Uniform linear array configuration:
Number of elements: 8
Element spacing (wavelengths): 0.5
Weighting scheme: kaiser
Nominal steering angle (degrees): -60
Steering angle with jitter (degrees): -59.334
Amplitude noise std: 0.05
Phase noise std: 0.05

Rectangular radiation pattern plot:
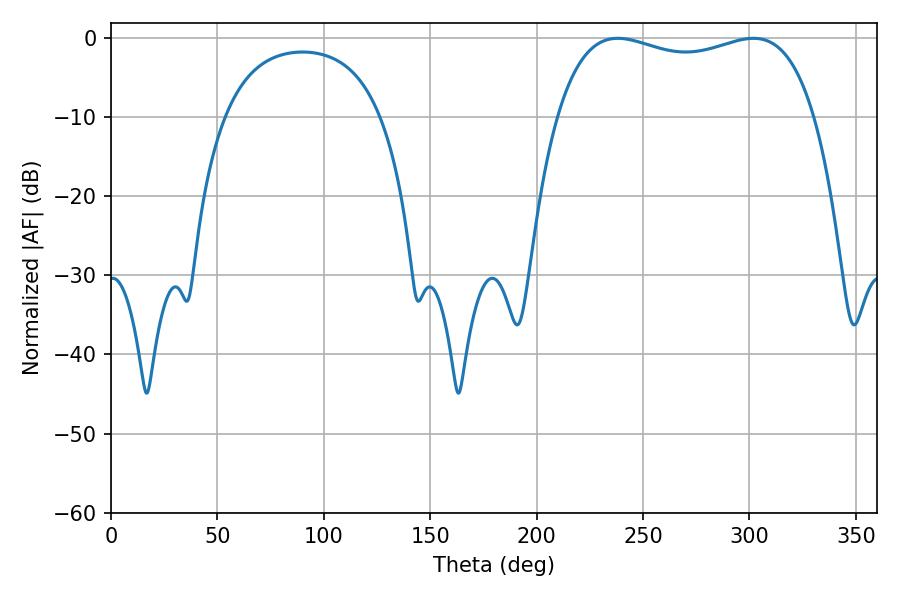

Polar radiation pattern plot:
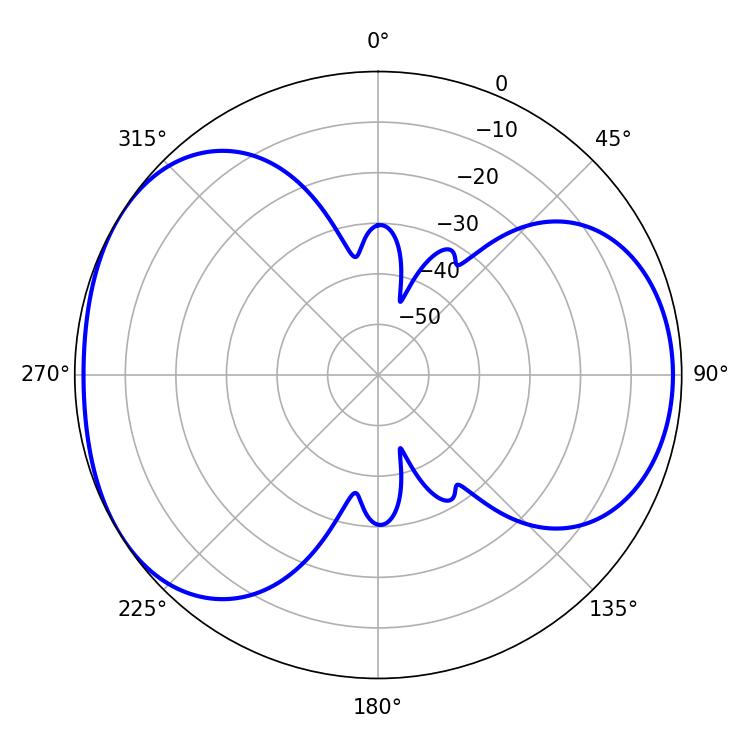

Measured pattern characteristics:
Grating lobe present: FALSE
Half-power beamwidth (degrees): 98.64
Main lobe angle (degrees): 301.86